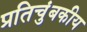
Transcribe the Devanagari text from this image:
प्रतिचुंबकीय